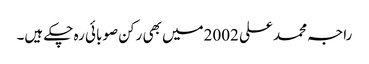
راجہ محمد علی 2002میں بھی رکن صوبائی رہ چکے ہیں۔